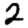
Digit: 2